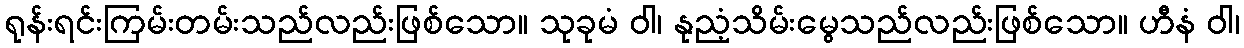
ရုန်းရင်းကြမ်းတမ်းသည်လည်းဖြစ်သော။ သုခုမံ ဝါ၊ နုညံ့သိမ်းမွေသည်လည်းဖြစ်သော။ ဟီနံ ဝါ၊